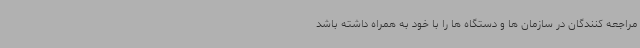
مراجعه کنندگان در سازمان ها و دستگاه ها را با خود به همراه داشته باشد